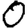
Digit: 0